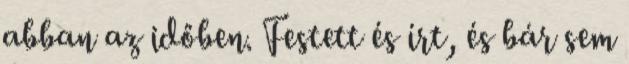
abban az időben. Festett és írt, és bár sem